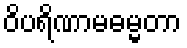
ဝိပရိဏာမဓမ္မတာ